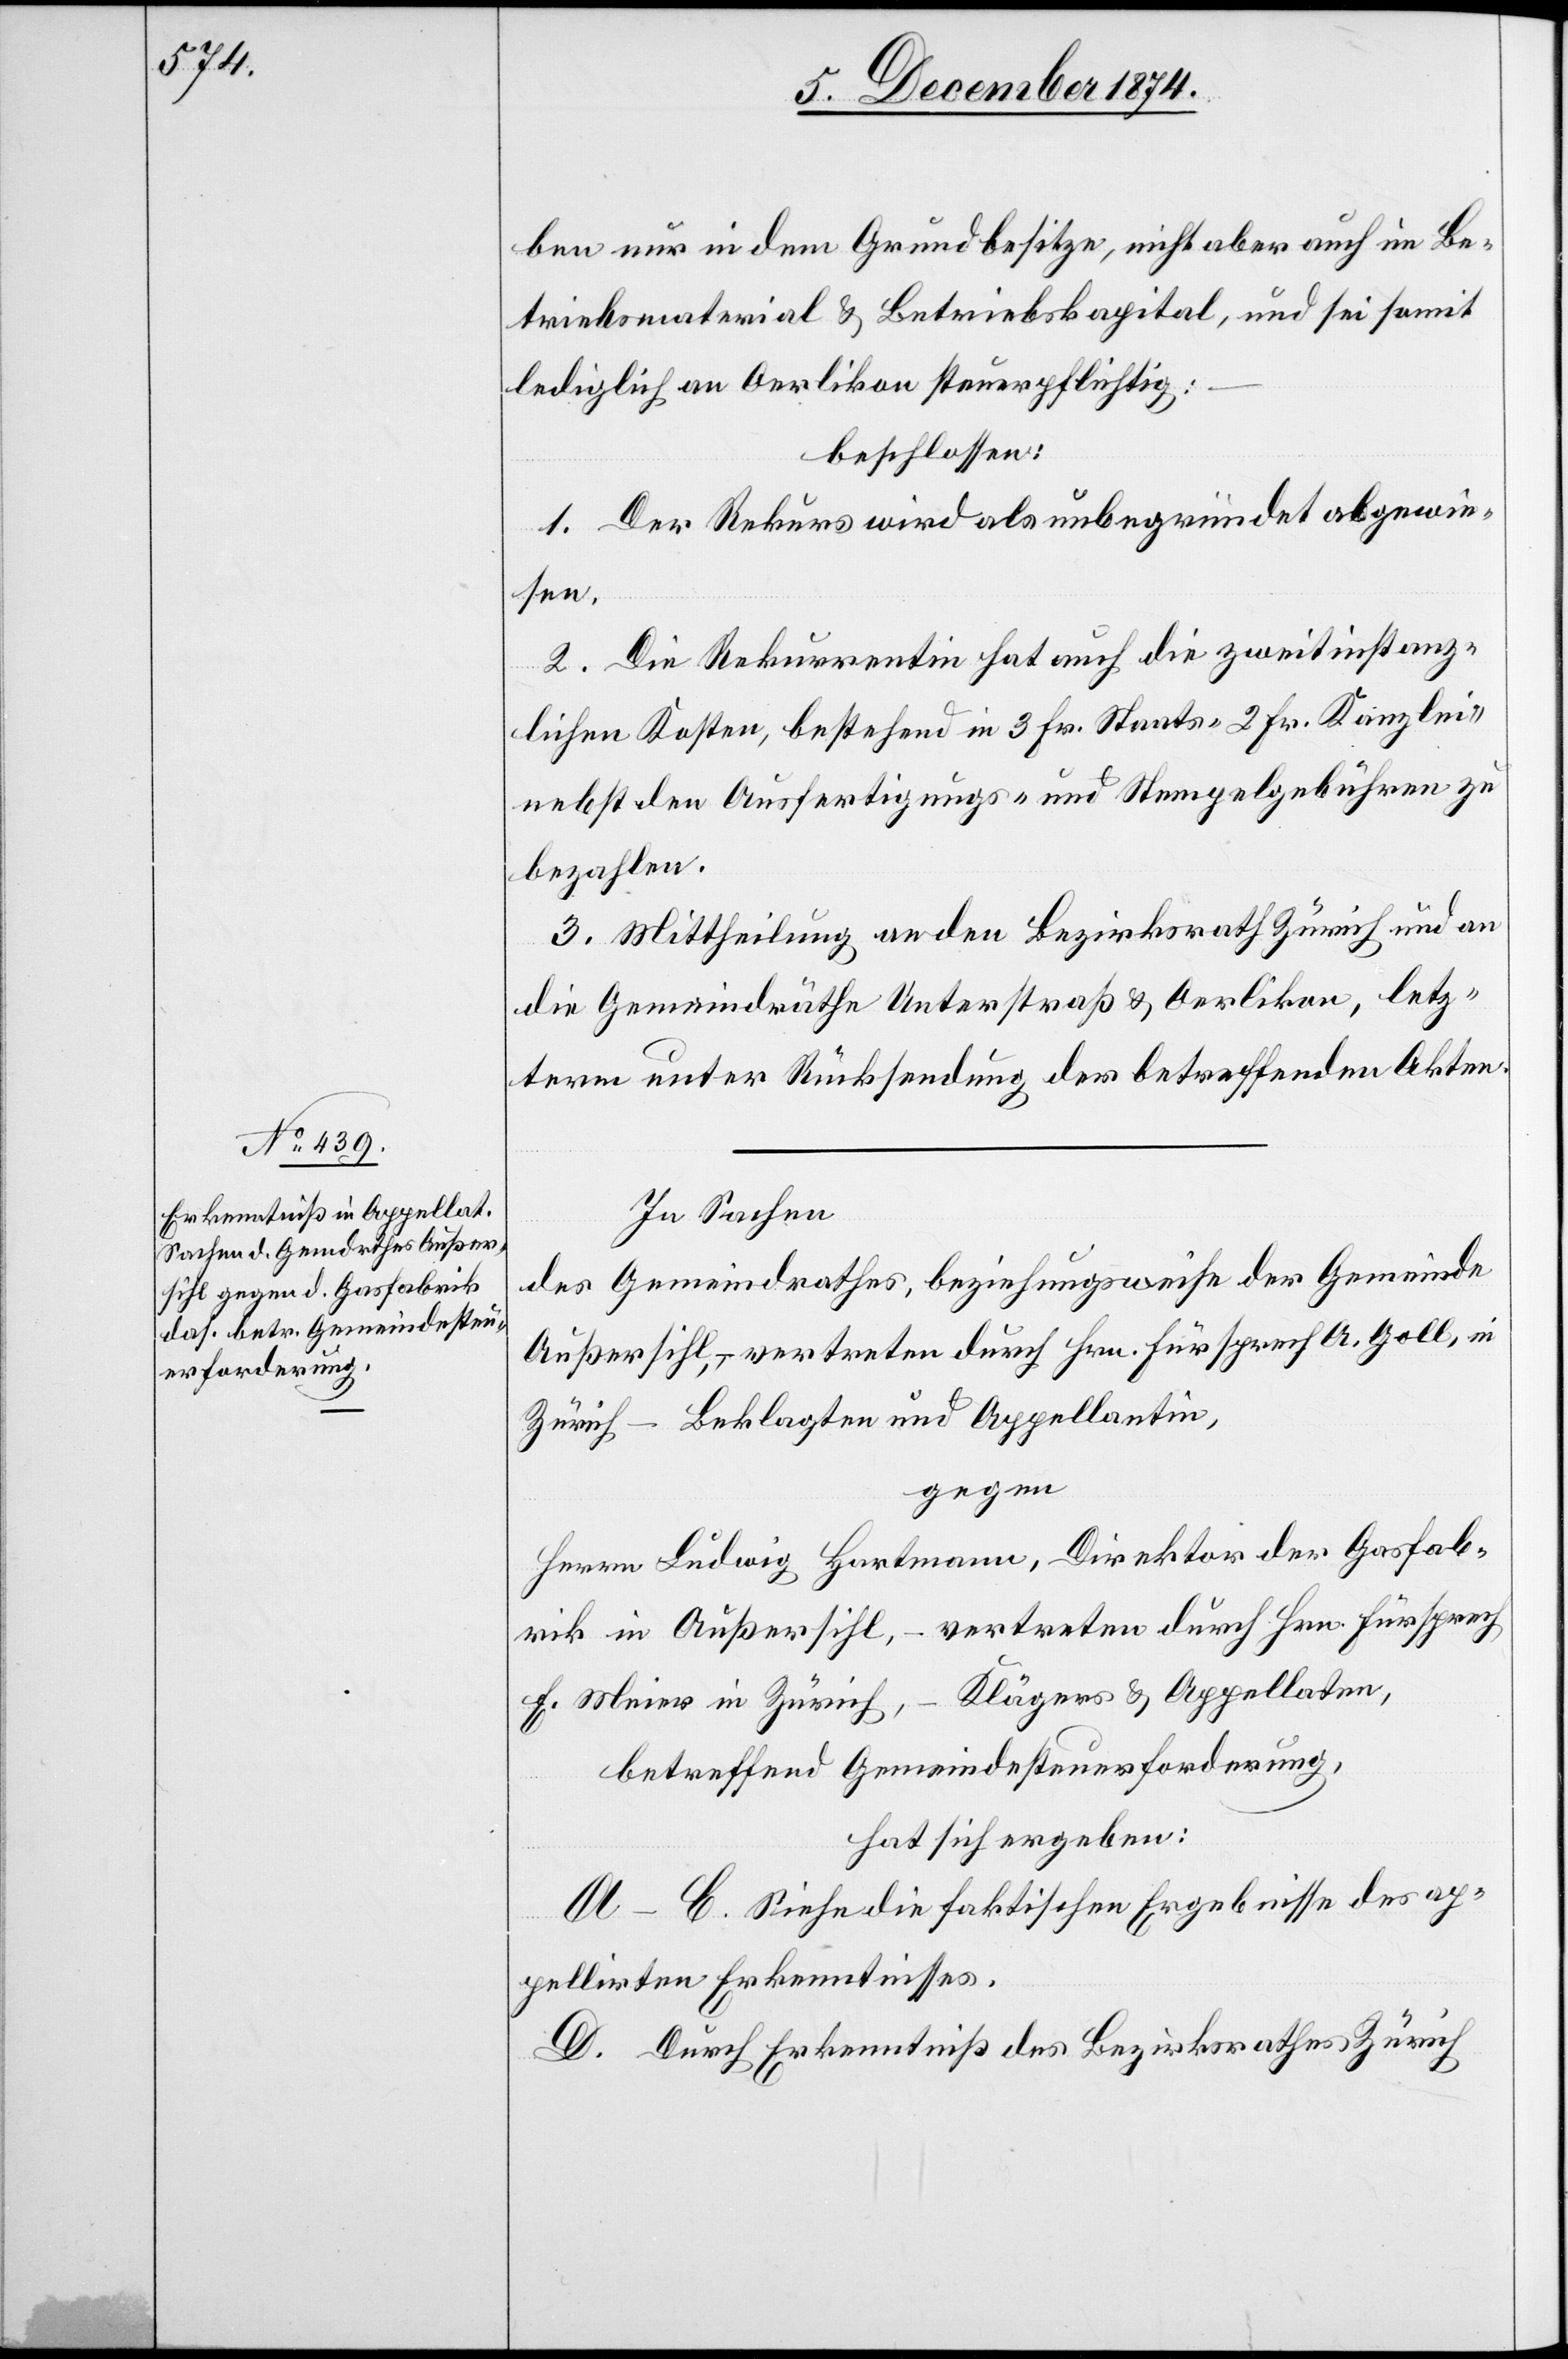
ben nur in dem Grundbesitze, nicht aber auch im Be¬
triebsmaterial & Betriebskapital, und sei somit
lediglich Oerlikon steuerpflichtig:
beschlossen:
1. Der Rekurs wird als unbegründet abgewie¬
sen.
2. Die Rekurrentin hat auch die zweitinstanz¬
lichen Kosten, bestehend in 3 Fr. Staats-[,] 2 Fr. Kanzlei-
nebst den Ausfertigungs- und Stempelgebühren zu
bezahlen.
3. Mittheilung an den Bezirksrath Zürich und an
die Gemeindräthe Unterstraß & Oerlikon, letz¬
term unter Rücksendung der betreffenden Akten.